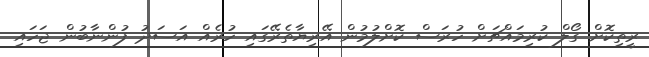
ރީތިކޮށް ގޯލް ކުރިމައްޗަށް ހުރަސް ކޮށްލުމުން އޭރިޔާތެރޭގައި ހުރެއް އަސަދު ފުންނާބުން ޖަހައި